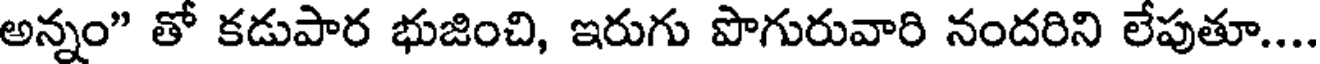
అన్నం" తో కడుపార భుజించి, ఇరుగు పొగురువారి నందరిని లేపుతూ...